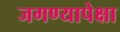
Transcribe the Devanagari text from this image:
जगण्यापेक्षा